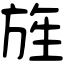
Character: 旌